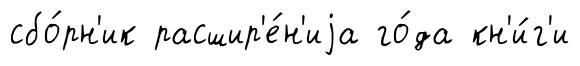
сбо́рн'ик расшир'е́н'иjа го́да кн'и́г'и